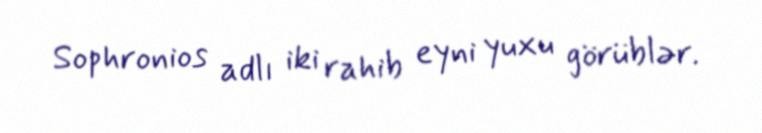
Sophronios adlı iki rahib eyni yuxu görüblər.